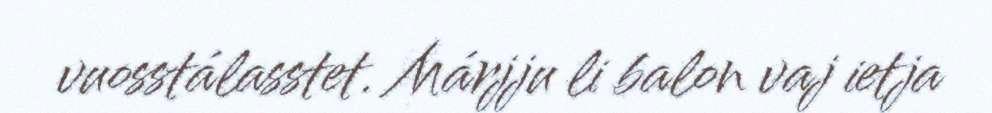
vuosstálasstet. Márjju li balon vaj ietja